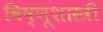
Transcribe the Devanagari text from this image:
विष्णूशास्त्री